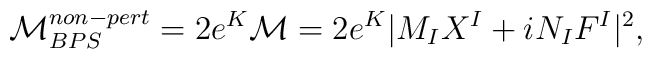
{\cal M}^{non-pert}_{BPS}= 2e^K {\cal M}= {2}e^{K}|M_I X^I + iN_I F^I|^2,